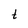
Character: t